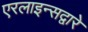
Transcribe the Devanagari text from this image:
एरलाइन्सद्वारे